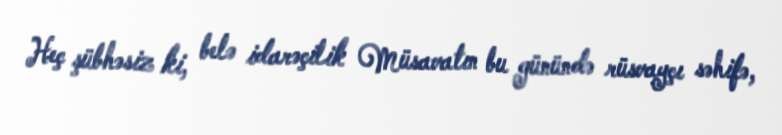
Heç şübhəsiz ki, belə idarəçilik Müsavatın bu günündə rüsvayçı səhifə,